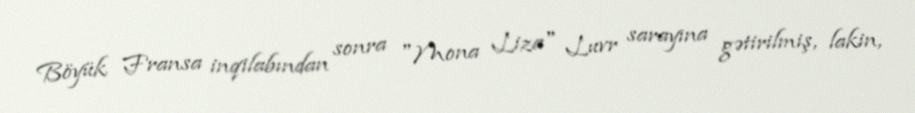
Böyük Fransa inqilabından sonra "Mona Liza" Luvr sarayına gətirilmiş, lakin,